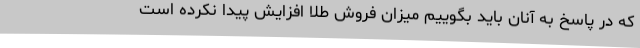
که در پاسخ به آنان باید بگوییم میزان فروش طلا افزایش پیدا نکرده است